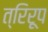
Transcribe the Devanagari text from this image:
त्रिरूप